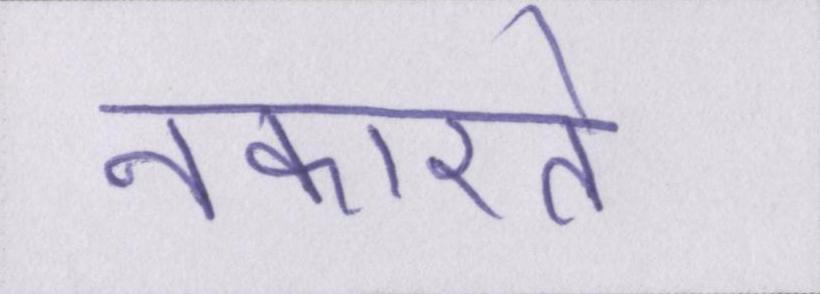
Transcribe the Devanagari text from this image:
नकारते